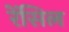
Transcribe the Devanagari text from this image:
रेंसिल